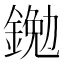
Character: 𨩯